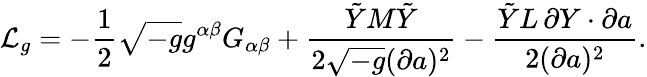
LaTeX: {\cal L}_{g}=-{\frac{1}{2}}\sqrt{-g}g^{\alpha\beta}G_{\alpha\beta}+{\frac{\tilde{Y}M\tilde{Y}}{2\sqrt{-g}(\partial a)^{2}}}-{\frac{\tilde{Y}L\, \partial Y\cdot\partial a}{2(\partial a)^{2}}}.